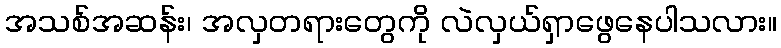
အသစ်အဆန်း၊ အလှတရားတွေကို လဲလှယ်ရှာဖွေနေပါသလား။